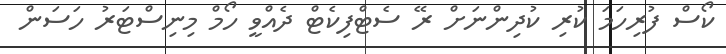
ކޯސް ފުރިހަމަ ކުރި ކުދިންނަށް ރޭ ސެޓްފިކެޓް ދެއްވީ ހޯމް މިނިސްޓަރު ހަސަން